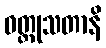
ဝတ္ထုသတာနိ